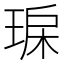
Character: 𤥾